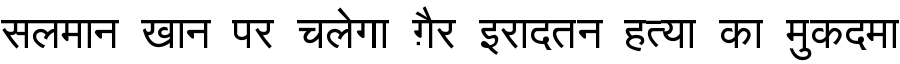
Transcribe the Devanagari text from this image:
सलमान खान पर चलेगा ग़ैर इरादतन हत्या का मुकदमा